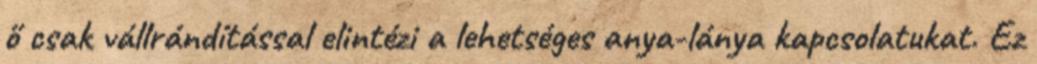
ő csak vállrándítással elintézi a lehetséges anya-lánya kapcsolatukat. Ez